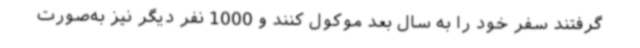
گرفتند سفر خود را به سال بعد موکول کنند و 1000 نفر دیگر نیز به‌صورت